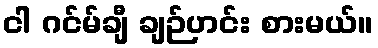
ငါ ဂင်မ်ချီ ချဉ်ဟင်း စားမယ်။